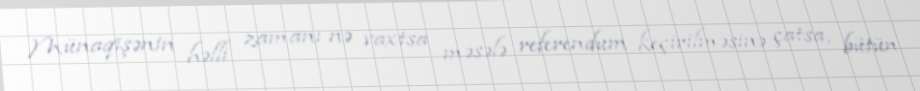
Münaqişənin həlli zamanı nə vaxtsa məsələ referendum keçirilməsinə çatsa, bütün